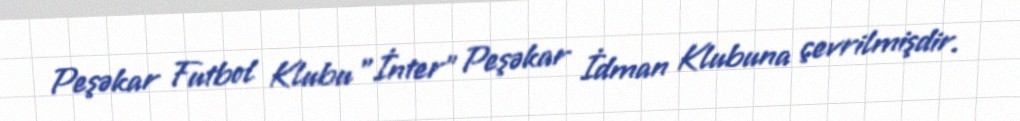
Peşəkar Futbol Klubu "İnter" Peşəkar İdman Klubuna çevrilmişdir.